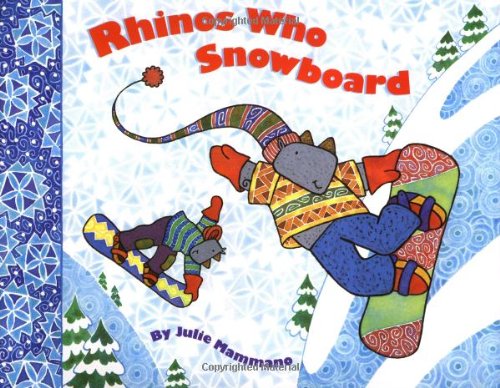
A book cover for Rhinos Who Snowboard; Julie Mammano; Children's Books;